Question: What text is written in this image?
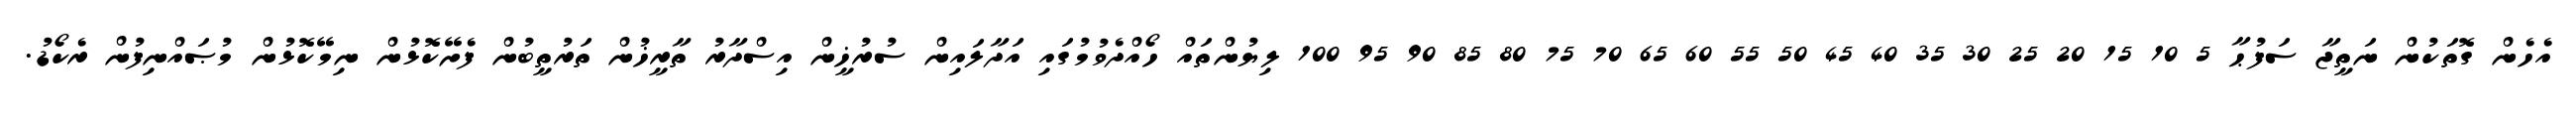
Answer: އެހެން ގޮތަކުން ނަތީޖާ ސަފުޙާ 5 10 15 20 25 30 35 40 45 50 55 60 65 70 75 80 85 90 95 100 ލިޔުންތައް ހޯއްދެވުމުގައި އަދާލައިން ސުރުޚީން އިސްދާރު ތާރީޚުން ތަރުތީބުން ފެށޭކޮޅުން ނިމޭކޮޅުން މުޞައްނިފުން ރެކޯޑު.